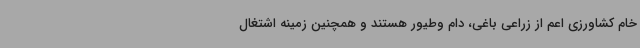
خام کشاورزی اعم از زراعی باغی، دام وطیور هستند و همچنین زمینه اشتغال